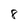
Character: 8